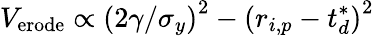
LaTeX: V_{\mathrm{{erode}}}\propto\left(2\gamma/\sigma_{y}\right)^{2}-\left({r}_{i,p}-{t}_{d}^{*}\right)^{2}